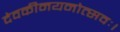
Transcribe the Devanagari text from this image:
देवकीनयनोत्सवः।